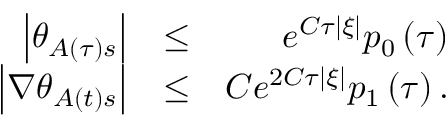
\begin{array} { r l r } { \left\vert \theta _ { A \left( \tau \right) s } \right\vert } & { \leq } & { e ^ { C \tau \left\vert \xi \right\vert } p _ { 0 } \left( \tau \right) } \\ { \left\vert \nabla \theta _ { A \left( t \right) s } \right\vert } & { \leq } & { C e ^ { 2 C \tau \left\vert \xi \right\vert } p _ { 1 } \left( \tau \right) . } \end{array}